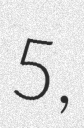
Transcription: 5,